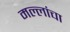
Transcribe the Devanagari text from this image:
मल्लांचा